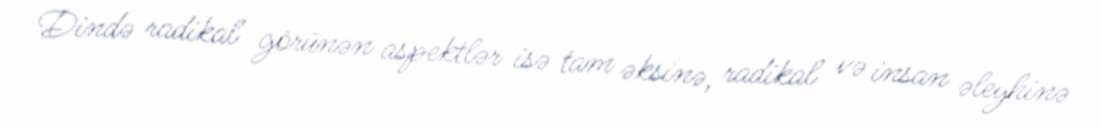
Dində radikal görünən aspektlər isə tam əksinə, radikal və insan əleyhinə